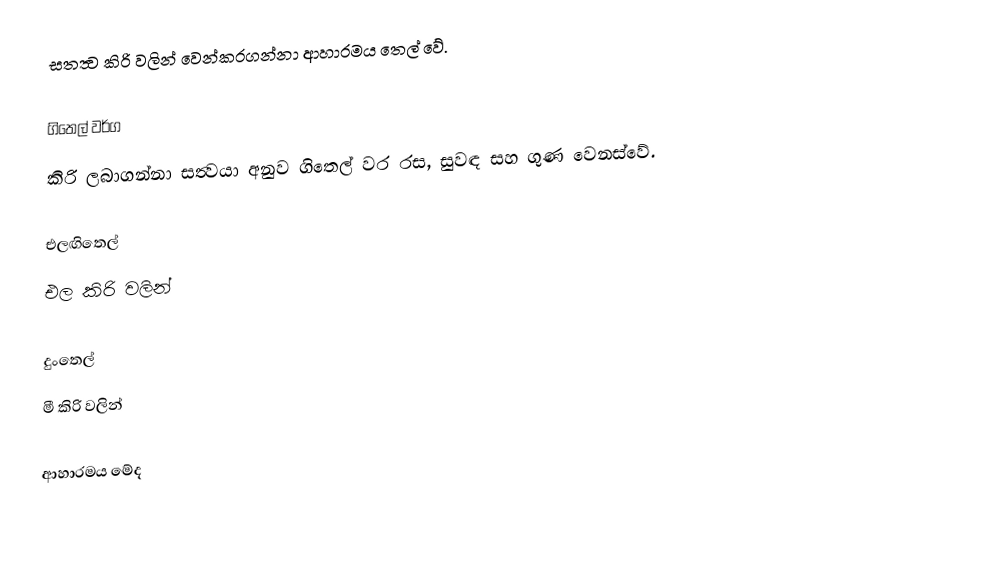
සතත්‍ව කිරි වලින් වෙන්කරගන්නා ආහාරමය තෙල් වේ.

ගිතෙල් වර්ග
කිරි ලබාගන්නා සත්‍වයා අනුව ගිතෙල් වර රස, සුවඳ සහ ගුණ වෙනස්වේ.

එලඟිතෙල්
එල කිරි වලින්

දුංතෙල්
මී කිරි වලින්

ආහාරමය මේද